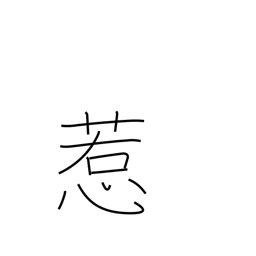
Meaning: captivate